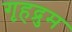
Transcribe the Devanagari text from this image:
गृहद्रुम